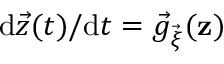
{ \mathrm { d } \vec { z } ( t ) } / { \mathrm { d } t } = \vec { g } _ { \vec { \xi } } ( \mathbf { z } )